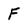
Character: F